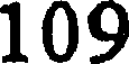
109